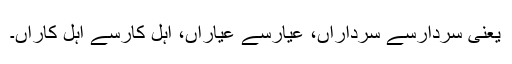
یعنی سردارسے سرداراں، عیارسے عیاراں، اہل کارسے اہل کاراں۔